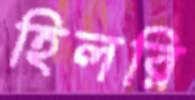
হিলরি